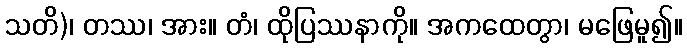
သတိ)၊ တဿ၊ အား။ တံ၊ ထိုပြဿနာကို။ အကထေတွာ၊ မဖြေမူ၍။